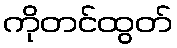
ကိုတင်ထွတ်